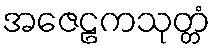
အဇေဠကသုတ္တံ